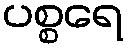
ပစ္စရေ